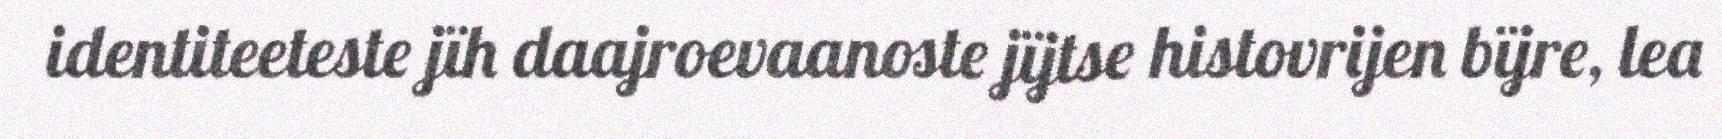
identiteeteste jïh daajroevaanoste jïjtse histovrijen bïjre, lea